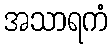
အသာရကံ